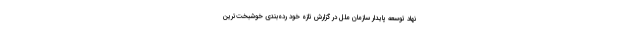
نهاد توسعه پایدار سازمان ملل در گزارش تازه خود رده‌بندی خوشبخت‌ترین